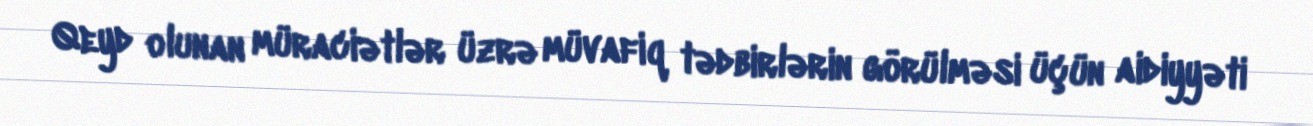
Qeyd olunan müraciətlər üzrə müvafiq tədbirlərin görülməsi üçün aidiyyəti